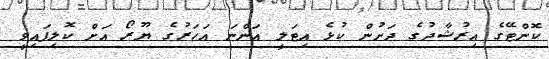
ކޮންޓޭގެ އިރުޝާދުގެ ދަށުން ކުޅެ އިޓަލީ އަންނަ އަހަރުގެ ޔޫރޯ އަށް ކޮލިފައިވީ